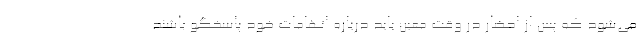
می‌شود که پس از احضار در وقت معین باید درباره اتهامات خود پاسخگو باشند